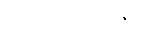
၄ - ပရိသုဒ္ဓါဇီဝ။